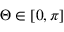
\Theta \in \left[ 0 , \pi \right]